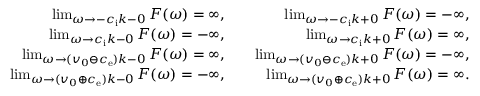
\begin{array} { r l r } { \operatorname* { l i m } _ { \omega \rightarrow - c _ { \mathrm { i } } k - 0 } F ( \omega ) = \infty , } & { } & { \operatorname* { l i m } _ { \omega \rightarrow - c _ { \mathrm { i } } k + 0 } F ( \omega ) = - \infty , } \\ { \operatorname* { l i m } _ { \omega \rightarrow c _ { \mathrm { i } } k - 0 } F ( \omega ) = - \infty , } & { } & { \operatorname* { l i m } _ { \omega \rightarrow c _ { \mathrm { i } } k + 0 } F ( \omega ) = \infty , } \\ { \operatorname* { l i m } _ { \omega \rightarrow ( v _ { 0 } \ominus c _ { \mathrm { e } } ) k - 0 } F ( \omega ) = \infty , } & { } & { \operatorname* { l i m } _ { \omega \rightarrow ( v _ { 0 } \ominus c _ { \mathrm { e } } ) k + 0 } F ( \omega ) = - \infty , } \\ { \operatorname* { l i m } _ { \omega \rightarrow ( v _ { 0 } \oplus c _ { \mathrm { e } } ) k - 0 } F ( \omega ) = - \infty , } & { } & { \operatorname* { l i m } _ { \omega \rightarrow ( v _ { 0 } \oplus c _ { \mathrm { e } } ) k + 0 } F ( \omega ) = \infty . } \end{array}